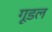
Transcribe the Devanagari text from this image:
गूडल